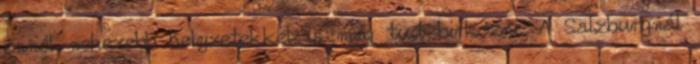
ennél nehezebb helyzetekkel is meg tud birkózni. A Salzburgnál